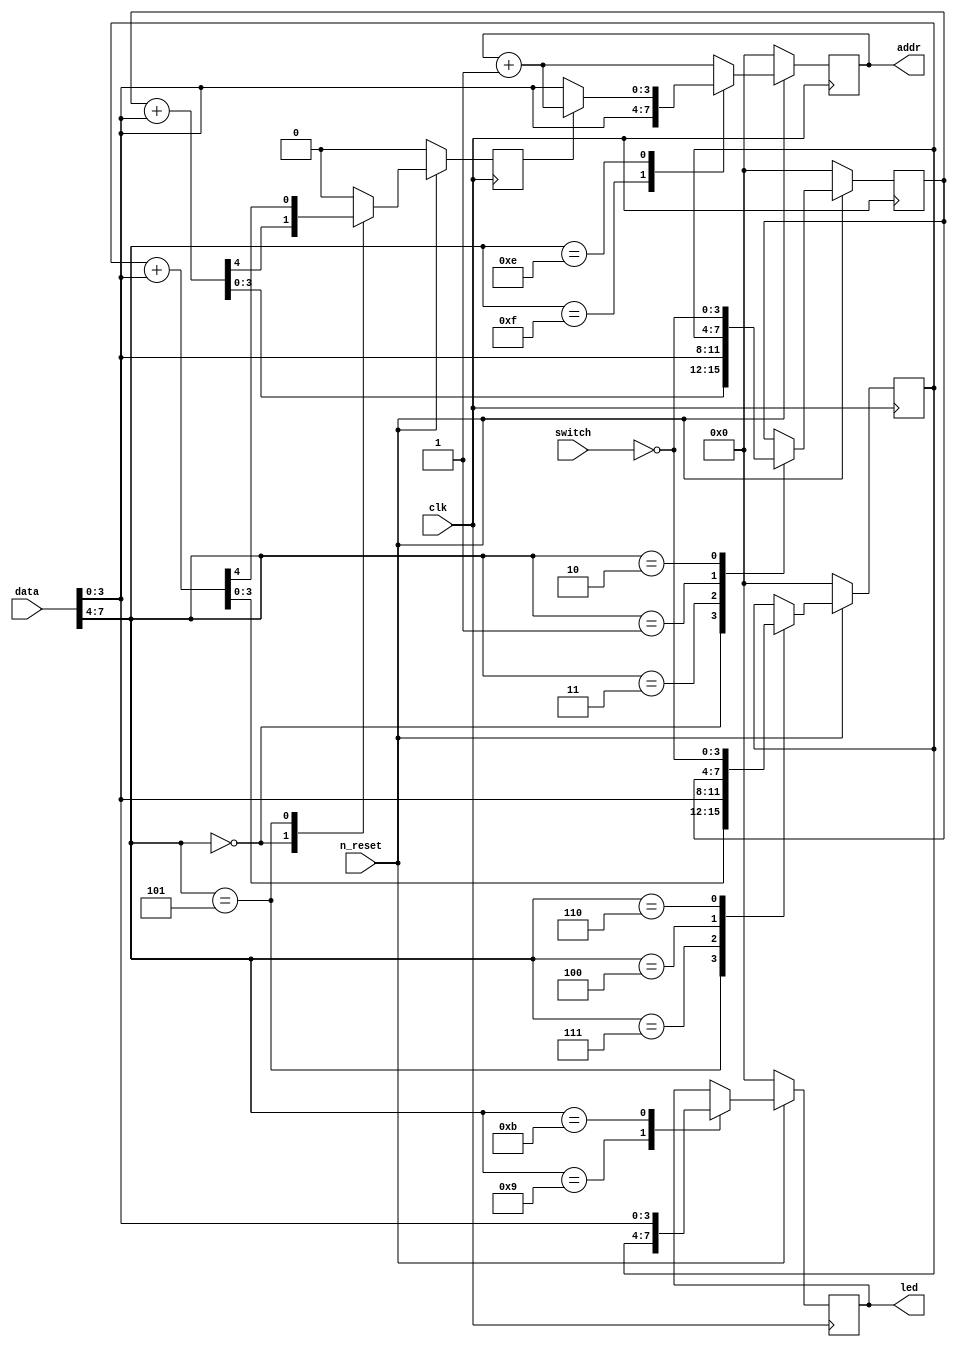
module cpu(
	input wire clk,
	input wire n_reset,
	output wire [3:0] addr,
	input wire [7:0] data,
	input wire [3:0] switch,
	output wire [3:0] led
);



reg [3:0] a, next_a; //pWX^
reg [3:0] b, next_b; //pWX^
reg cf, next_cf; //L[tO
reg [3:0] ip, next_ip; //|C^
reg [3:0] out;
reg [3:0] next_out; //LED


always @(posedge clk) begin
	if (~n_reset) begin
		a <= 4'b0;
		b <= 4'b0;
		cf <= 1'b0;
		ip <= 4'b0;
		out <= 4'b0;
	end else begin
		a <= next_a;
		b <= next_b;
		cf <= next_cf;
		ip <= next_ip;
		out <= next_out;
	end
end


wire [3:0] opecode, imm; //ADDMOVCl\C[
assign opecode = data[7:4]; //romf[^MSBC
assign imm = data[3:0]; //|C^lCAhXromn
assign addr = ip;
assign led = out; //LEDoutWX^



always @* begin
	// nextnC[lNOP
	next_a = a;	// pWX^l
	next_b = b;	//@pWX^l
	next_cf = 1'b0;	// L[tO0Zbg
	next_ip = ip + 4'b1;	// |C^1D
	next_out = out;	// LEDl
	
	// nextnC[lhCADDMOV
	case (opecode)
		4'b0000: {next_cf, next_a} = a + imm;	// ADD A, IMM
		4'b0101: {next_cf, next_b} = b + imm;	// ADD B, IMM
		4'b0011: next_a = imm;	// MOV A, IMM
		4'b0111: next_b = imm;	// MOV B, IMM
		4'b0001: next_a = b;	// MOV A, B
		4'b0100: next_b = a;	// MOV B, A
		4'b1111: next_ip = imm;	// JMP IMM
		4'b1110: next_ip = cf ? ip + 4'b1 : imm;	// JNC IMM
		4'b0010: next_a = ~switch;	// IN A
		4'b0110: next_b = ~switch;	// IN B	_
		4'b1001: next_out = b;	// OUT B
		4'b1011: next_out = imm;	// OUT IMM
		default: ;
	endcase
end

endmodule